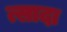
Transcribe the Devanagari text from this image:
त्सादा